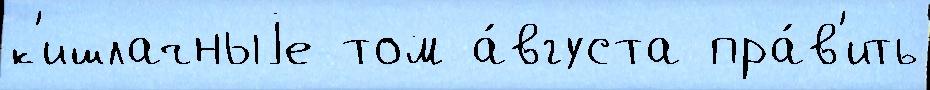
к'ишлачныjе том а́вгуста пра́в'ить